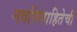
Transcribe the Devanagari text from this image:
नवविवाहितेची